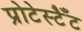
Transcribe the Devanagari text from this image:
प्रोटेस्टैँट